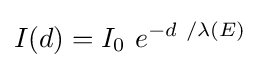
I(d)=I_{0}\ e^{-d\ /\lambda (E)}